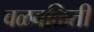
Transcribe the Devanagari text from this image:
वळवळिती